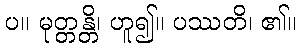
ပ။ မုတ္တန္တိ၊ ဟူ၍။ ပဿတိ၊ ၏။